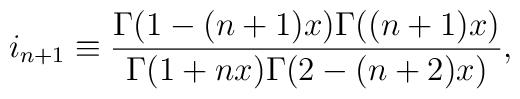
i_{n+1}\equiv \frac{\Gamma(1-(n+1)x)\Gamma((n+1)x)}                   {\Gamma(1+nx)\Gamma(2-(n+2)x)},